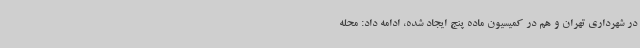
در شهرداری تهران و هم در کمیسیون ماده پنج ایجاد شده، ادامه داد: محله